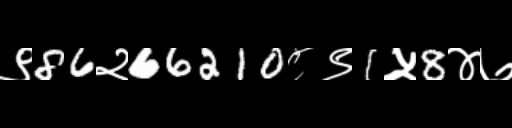
Text: ९86२66210८९1५8४७